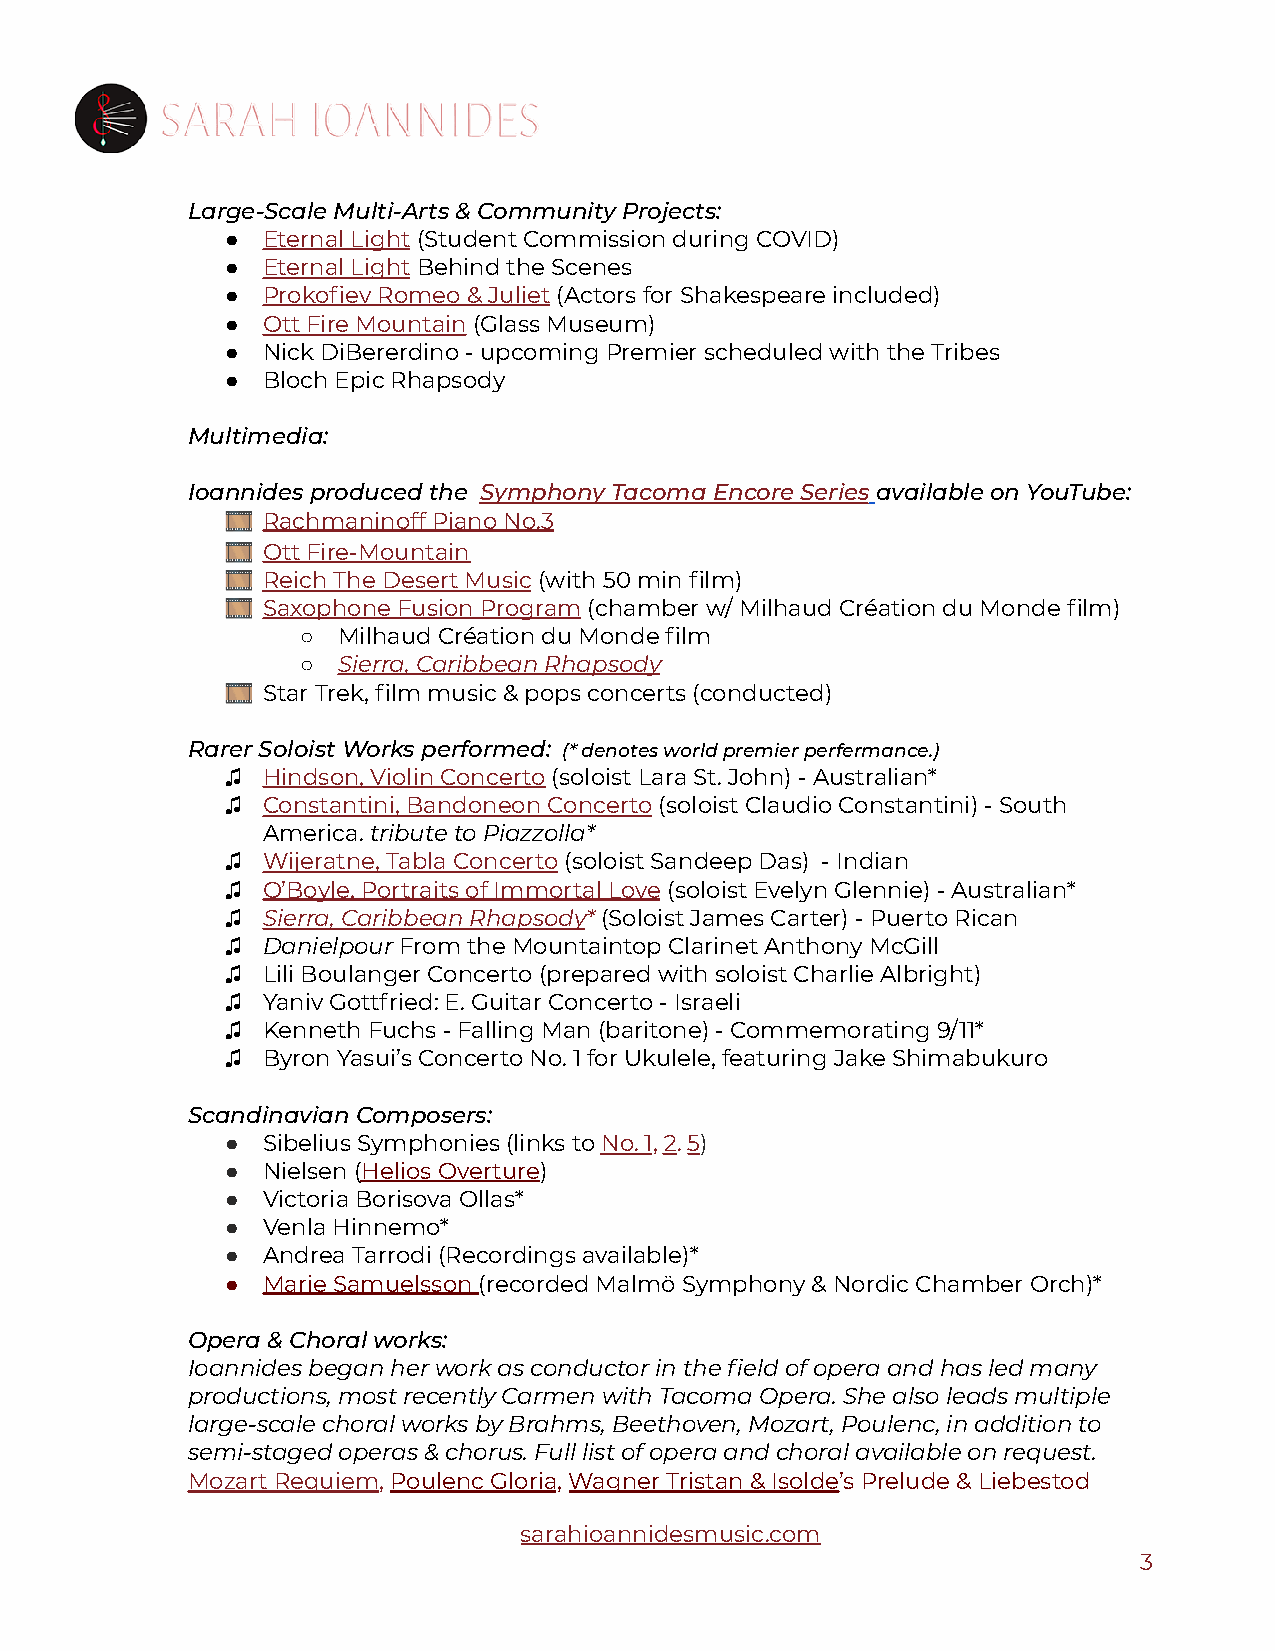
Large-Scale Multi-Arts & Community Projects:
 ● Eternal Light(Student Commission during COVID)
 ● Eternal LightBehind the Scenes
 ● Prokofiev Romeo & Juliet(Actors for Shakespeare included)
 ● Ott Fire Mountain(Glass Museum)
 ● Nick DiBererdino - upcoming Premier scheduled with the Tribes
 ● Bloch Epic Rhapsody
 Multimedia:
 Ioannides produced the Symphony Tacoma Encore Seriesavailable on YouTube:
 🎞 Rachmaninoff Piano No.3
 🎞 Ott Fire-Mountain
 🎞 Reich The Desert Music(with 50 min film)
 🎞 Saxophone Fusion Program(chamber w/ Milhaud Créationdu Monde film)
 ○ Milhaud Création du Monde film
 ○ Sierra, Caribbean Rhapsody
 🎞 Star Trek, film music & pops concerts (conducted)
 Rarer Soloist Works performed: (* denotes world premierperfermance.)
 ♫ Hindson, Violin Concerto(soloist Lara St. John) -Australian*
 ♫ Constantini, Bandoneon Concerto(soloist Claudio Constantini)- South
 America.tribute to Piazzolla*
 ♫ Wijeratne, Tabla Concerto(soloist Sandeep Das) -Indian
 ♫ O’Boyle, Portraits of Immortal Love(soloist EvelynGlennie) - Australian*
 ♫ Sierra, Caribbean Rhapsody*(Soloist James Carter)- Puerto Rican
 ♫ DanielpourFrom the Mountaintop Clarinet Anthony McGill
 ♫ Lili Boulanger Concerto (prepared with soloist Charlie Albright)
 ♫ Yaniv Gottfried: E. Guitar Concerto - Israeli
 ♫ Kenneth Fuchs - Falling Man (baritone) - Commemorating 9/11*
 ♫ Byron Yasui’s Concerto No. 1 for Ukulele, featuring Jake Shimabukuro
 Scandinavian Composers:
 ● Sibelius Symphonies (links toNo. 1,2.5)
 ● Nielsen (Helios Overture)
 ● Victoria Borisova Ollas*
 ● Venla Hinnemo*
 ● Andrea Tarrodi (Recordings available)*
 ● Marie Samuelsson(recorded Malmö Symphony & NordicChamber Orch)*
 Opera & Choral works:
 Ioannides began her work as conductor in the field of opera and has led many
 productions, most recently Carmen with Tacoma Opera. She also leads multiple
 large-scale choral works by Brahms, Beethoven, Mozart, Poulenc, in addition to
 semi-staged operas & chorus. Full list of opera and choral available on request.
 Mozart Requiem,Poulenc Gloria,Wagner Tristan & Isolde’sPrelude & Liebestod
 sarahioannidesmusic.com
 3